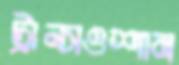
ট্রান্সওশান